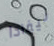
نيفادا